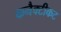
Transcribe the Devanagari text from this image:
कनैक्टीकट